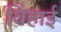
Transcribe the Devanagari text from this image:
बिंहाई